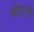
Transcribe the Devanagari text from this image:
मोटरही